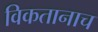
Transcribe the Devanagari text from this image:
विकतानाच